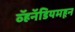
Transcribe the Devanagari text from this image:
व्हॅनॅडियमहून